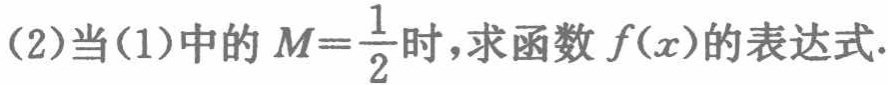
(2)当(1)中的$M = \frac{1}{2}$时，求函数$f(x)$的表达式.